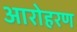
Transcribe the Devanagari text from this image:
आरोहरण